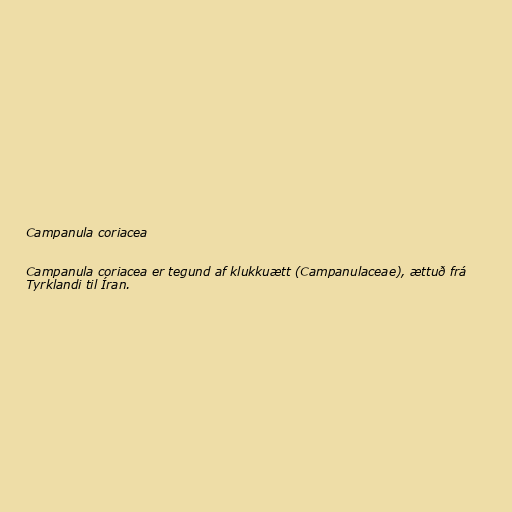
Campanula coriacea

Campanula coriacea er tegund af klukkuætt (Campanulaceae), ættuð frá
Tyrklandi til Íran.